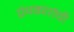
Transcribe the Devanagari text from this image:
ग्रंथकारांची